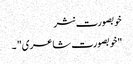
خوبصورت نثر
"خوبصورت شاعری" ۔